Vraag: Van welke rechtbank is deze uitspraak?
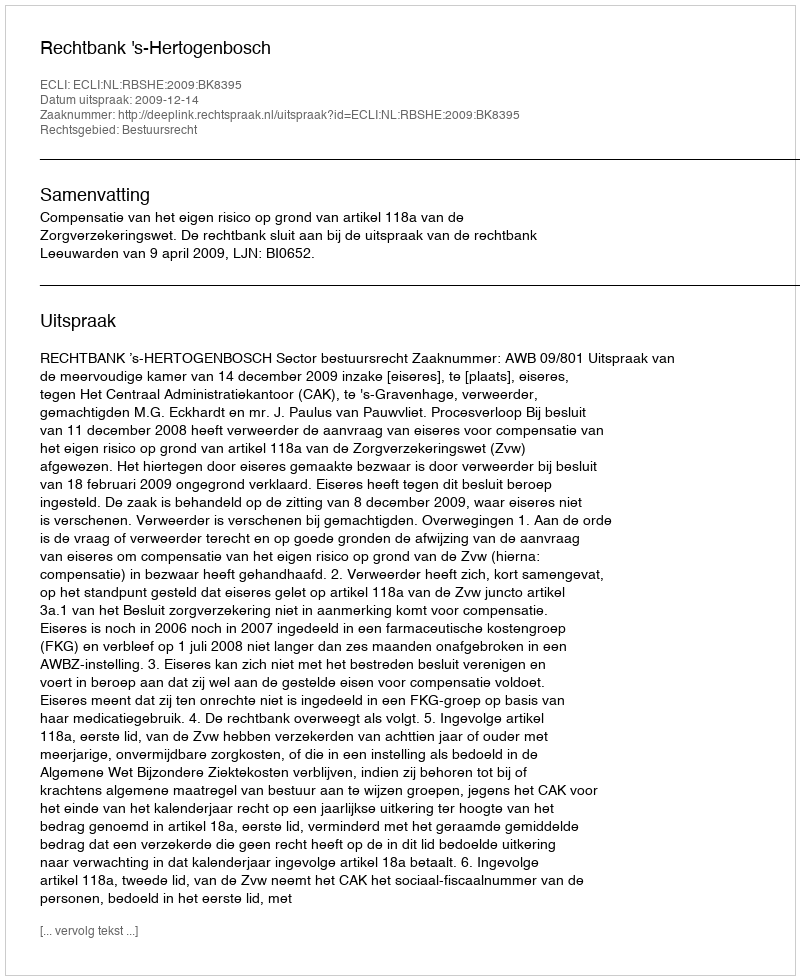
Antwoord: Rechtbank 's-Hertogenbosch